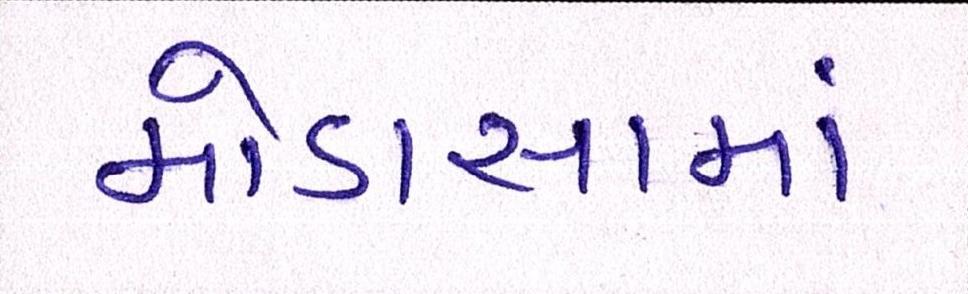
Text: મોડાસામાં